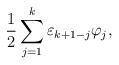
LaTeX: \begin{gather*}{1\over 2}\sum_{j=1}^{k}\varepsilon_{k+1-j}\varphi_j,\end{gather*}